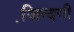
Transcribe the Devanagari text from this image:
जि़न्दगी